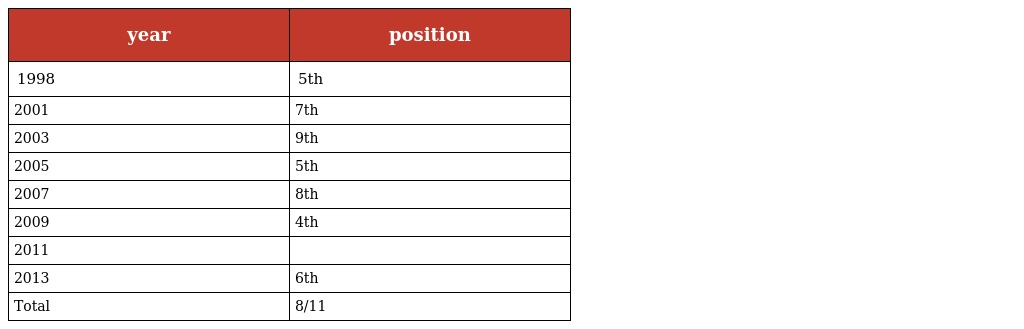
| year | position |
 | --- | --- |
 | 1998 | 5th |
 | 2001 | 7th |
 | 2003 | 9th |
 | 2005 | 5th |
 | 2007 | 8th |
 | 2009 | 4th |
 | 2011 |  |
 | 2013 | 6th |
 | Total | 8/11 |